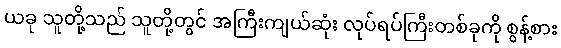
ယခု သူတို့သည် သူတို့တွင် အကြီးကျယ်ဆုံး လုပ်ရပ်ကြီးတစ်ခုကို စွန့်စား